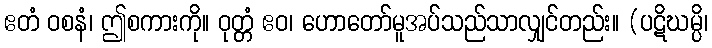
ဧတံ ဝစနံ၊ ဤစကားကို။ ဝုတ္တံ ဧဝ၊ ဟောတော်မူအပ်သည်သာလျှင်တည်း။ (ပဋိဃမ္ပိ၊